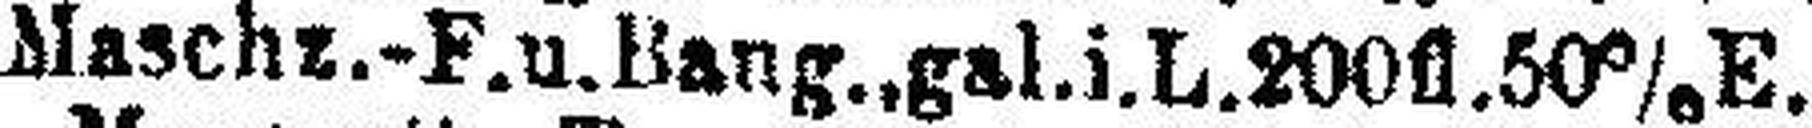
Maschz.-F.u. Bang., gal.i.L.200fl.50% E.